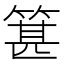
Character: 𥯓